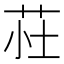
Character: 𫇾